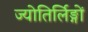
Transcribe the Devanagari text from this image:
ज्योतिर्लिङ्गों